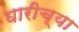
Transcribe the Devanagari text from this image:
घारीच्या